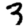
Digit: 3